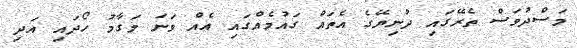
މަސްދުވަސް ތެރޭގައި ދުނިޔޭގެ އެތައް ގައުމެއްގައި އެއް ވަނަ މަގާމު ހޯދައި އަދި